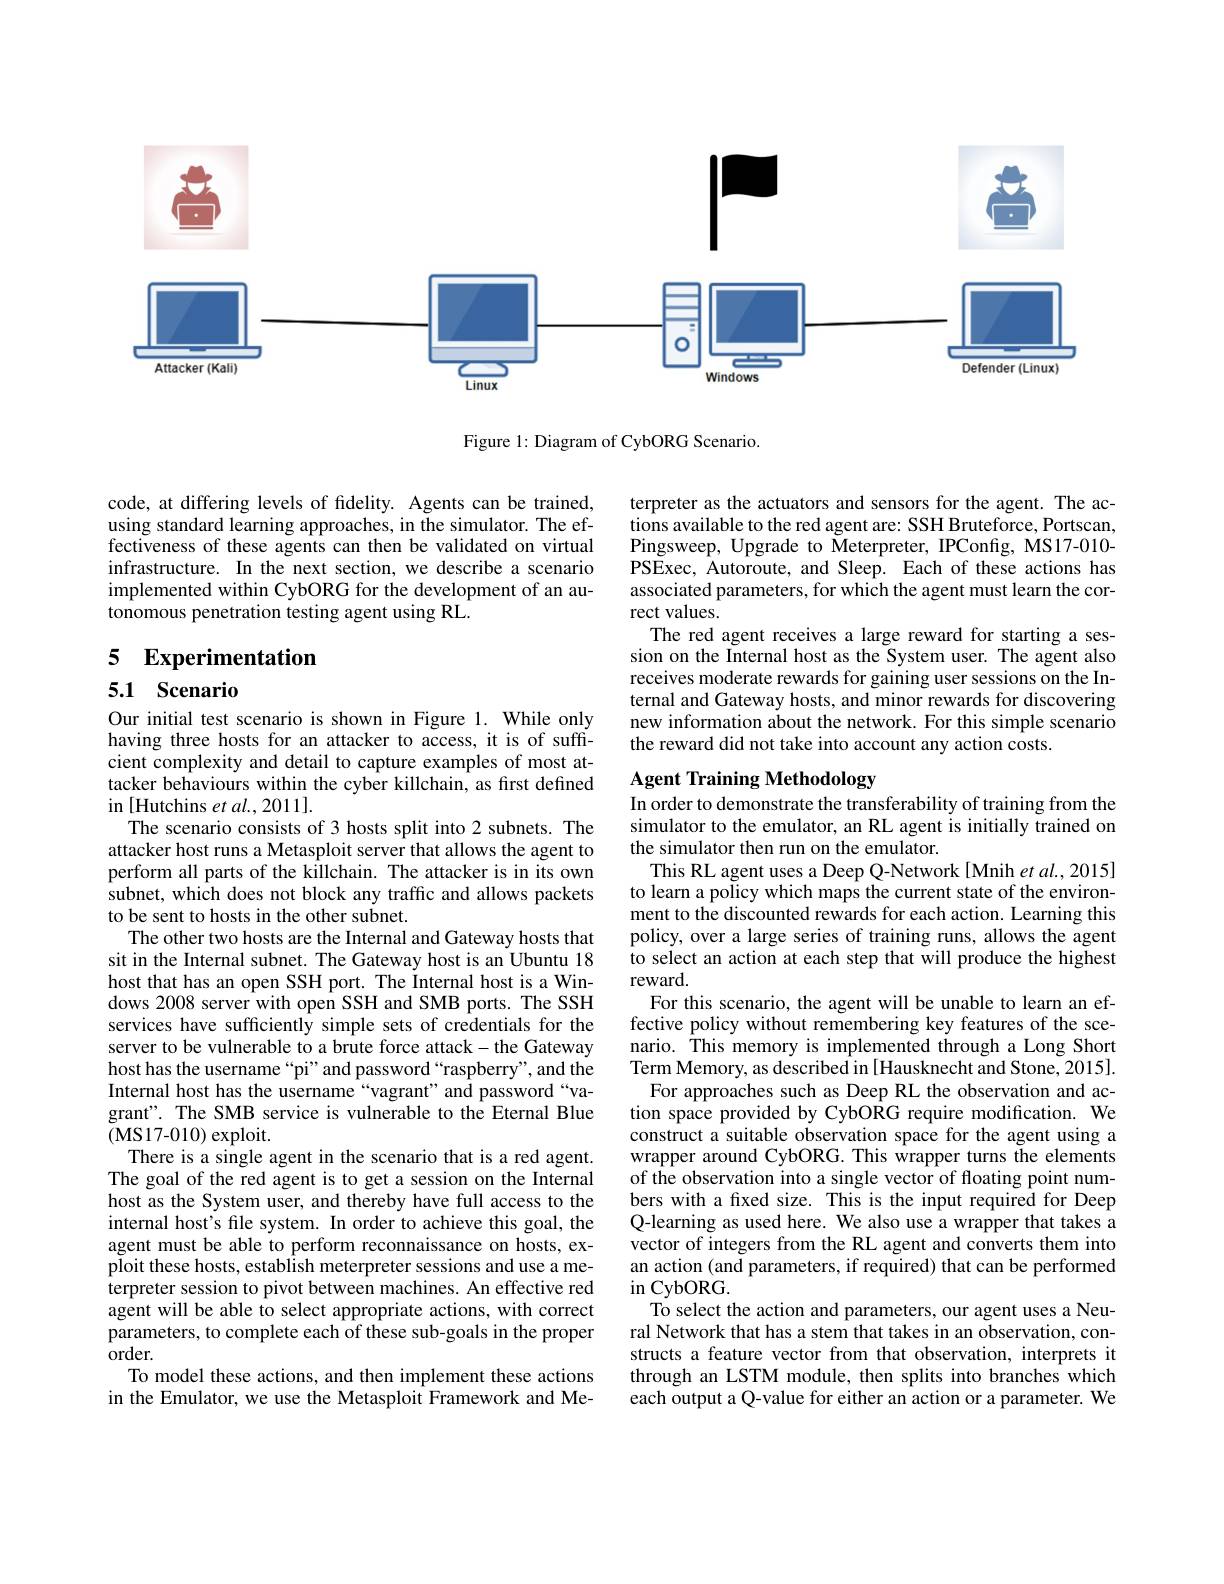
<FigureHere>

Figure 1: Diagram of CybORG Scenario.

code, at differing levels of fidelity. Agents can be trained, using standard learning approaches, in the simulator. The effectiveness of these agents can then be validated on virtual infrastructure. In the next section, we describe a scenario implemented within CybORG for the development of an autonomous penetration testing agent using RL.

terpreter as the actuators and sensors for the agent. The actions available to the red agent are: SSH Bruteforce, Portscan, Pingsweep, Upgrade to Meterpreter, IPConfig, MS17-010- PSExec, Autoroute, and Sleep. Each of these actions has associated parameters, for which the agent must learn the correct values.
The red agent receives a large reward for starting a session on the Internal host as the System user. The agent also receives moderate rewards for gaining user sessions on the Internal and Gateway hosts, and minor rewards for discovering new information about the network. For this simple scenario the reward did not take into account any action costs.

# 5 Experimentation

## 5.1 Scenario

# Agent Training Methodology In order to demonstrate the transferability of training from the

Our initial test scenario is shown in Figure 1. While only having three hosts for an attacker to access, it is of sufficient complexity and detail to capture examples of most attacker behaviours within the cyber killchain, as first defined in [Hutchins et al., 2011].
The scenario consists of 3 hosts split into 2 subnets. The attacker host runs a Metasploit server that allows the agent to perform all parts of the killchain. The attacker is in its own subnet, which does not block any traffic and allows packets to be sent to hosts in the other subnet.
The other two hosts are the Internal and Gateway hosts that sit in the Internal subnet. The Gateway host is an Ubuntu 18 host that has an open SSH port. The Internal host is a Windows 2008 server with open SSH and SMB ports. The SSH services have sufficiently simple sets of credentials for the server to be vulnerable to a brute force attack-the Gateway host has the username “pi” and password“raspberry”, and the Internal host has the username “vagrant”and password“vagrant". The SMB service is vulnerable to the Eternal Blue (MS17-010) exploit.
There is a single agent in the scenario that is a red agent. The goal of the red agent is to get a session on the Internal host as the System user, and thereby have full access to the internal host's file system. In order to achieve this goal, the agent must be able to perform reconnaissance on hosts, exploit these hosts, establish meterpreter sessions and use a meterpreter session to pivot between machines. An effective red agent will be able to select appropriate actions, with correct parameters, to complete each of these sub-goals in the proper order.
To model these actions, and then implement these actions in the Emulator, we use the Metasploit Framework and Me-

simulator to the emulator, an RL agent is initially trained on
the simulator then run on the emulator.
This RL agent uses a Deep Q-Network [Mnih et al., 2015] to learn a policy which maps the current state of the environment to the discounted rewards for each action. Learning this policy, over a large series of training runs, allows the agent to select an action at each step that will produce the highest reward.
For this scenario, the agent will be unable to learn an effective policy without remembering key features of the scenario. This memory is implemented through a Long Short Term Memory, as described in [Hausknecht and Stone, 2015].
For approaches such as Deep RL the observation and action space provided by CybORG require modification. We construct a suitable observation space for the agent using a wrapper around CybORG. This wrapper turns the elements of the observation into a single vector of floating point numbers with a fixed size. This is the input required for Deep Q-learning as used here. We also use a wrapper that takes a vector of integers from the RL agent and converts them into an action (and parameters, if required) that can be performed $\operatorname{in}$CybORG.
To select the action and parameters, our agent uses a Neural Network that has a stem that takes in an observation, constructs a feature vector from that observation, interprets it through an LSTM module, then splits into branches which each output a Q-value for either an action or a parameter. We